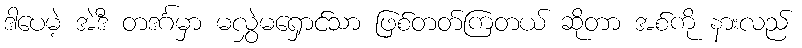
ဒါပေမဲ့ အဲဒီ တဒင်္ဂမှာ မလွှဲမရှောင်သာ ဖြစ်တတ်ကြတယ် ဆိုတာ အစ်ကို နားလည်